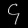
Digit: ၄